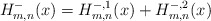
\begin{align*}H_{m,n}^-(x) = H_{m,n}^{-,1}(x) + H_{m,n}^{-,2}(x)\end{align*}